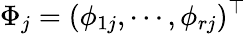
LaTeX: \Phi_{j}=(\phi_{1j},\cdots,\phi_{rj})^{\top}